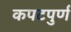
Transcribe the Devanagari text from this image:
कपटपुर्ण